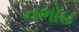
નભોઇ